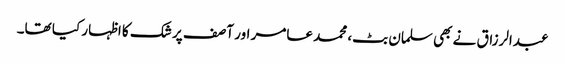
عبدالرزاق نے بھی سلمان بٹ، محمد عامر اور آصف پر شک کا اظہار کیا تھا۔